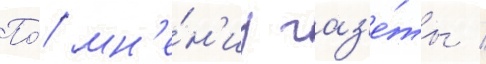
По́ мн'е́н'иу газ'е́ты /